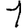
Digit: 1